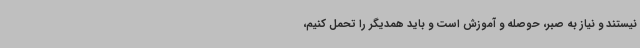
نیستند و نیاز به صبر، حوصله و آموزش است و باید همدیگر را تحمل کنیم،